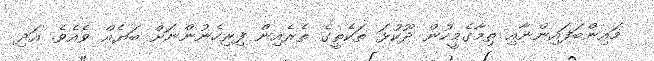
މައިންބަފައިންނާއި ތިމާގެމީހުން ދޫކުޅަ ތަކެތީގެ ތެރެއިން ފިރިހެނުންނަށް ބަޔެއް ވެއެވެ. އަދި